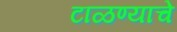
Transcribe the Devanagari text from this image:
टाळण्याचे